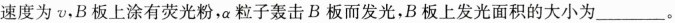
速度为v，B板上涂有荧光粉，α粒子轰击B板而发光，B板上发光面积的大小为___。